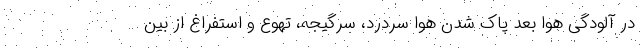
در آلودگی هوا بعد پاک شدن هوا سردرد، سرگیجه، تهوع و استفراغ از بین